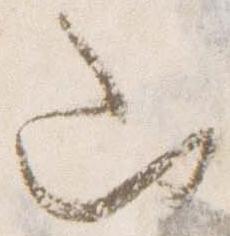
山